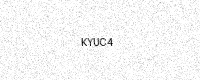
Text: KYUC4